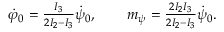
\begin{array} { r } { \dot { \varphi } _ { 0 } = \frac { I _ { 3 } } { 2 I _ { 2 } - I _ { 3 } } \dot { \psi } _ { 0 } , \qquad m _ { \psi } = \frac { 2 I _ { 2 } I _ { 3 } } { 2 I _ { 2 } - I _ { 3 } } \dot { \psi } _ { 0 } . } \end{array}